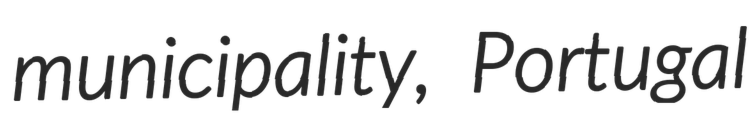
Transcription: municipality, Portugal